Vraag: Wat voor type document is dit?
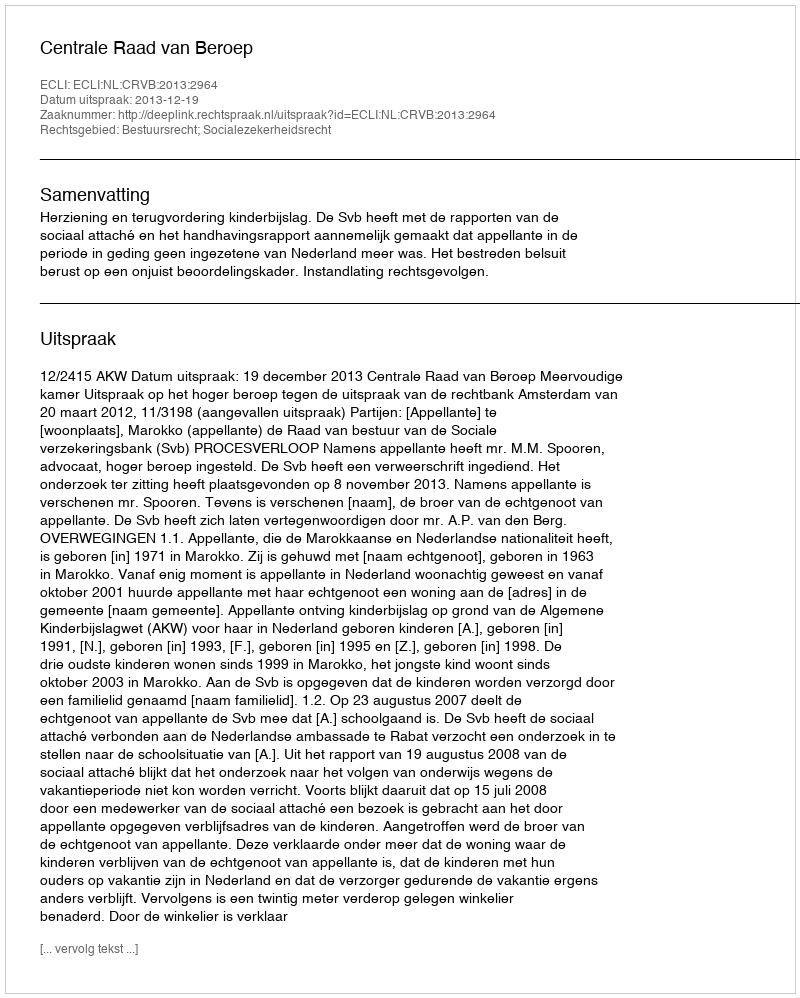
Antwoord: Uitspraak